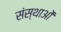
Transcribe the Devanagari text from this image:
संस्थाआें